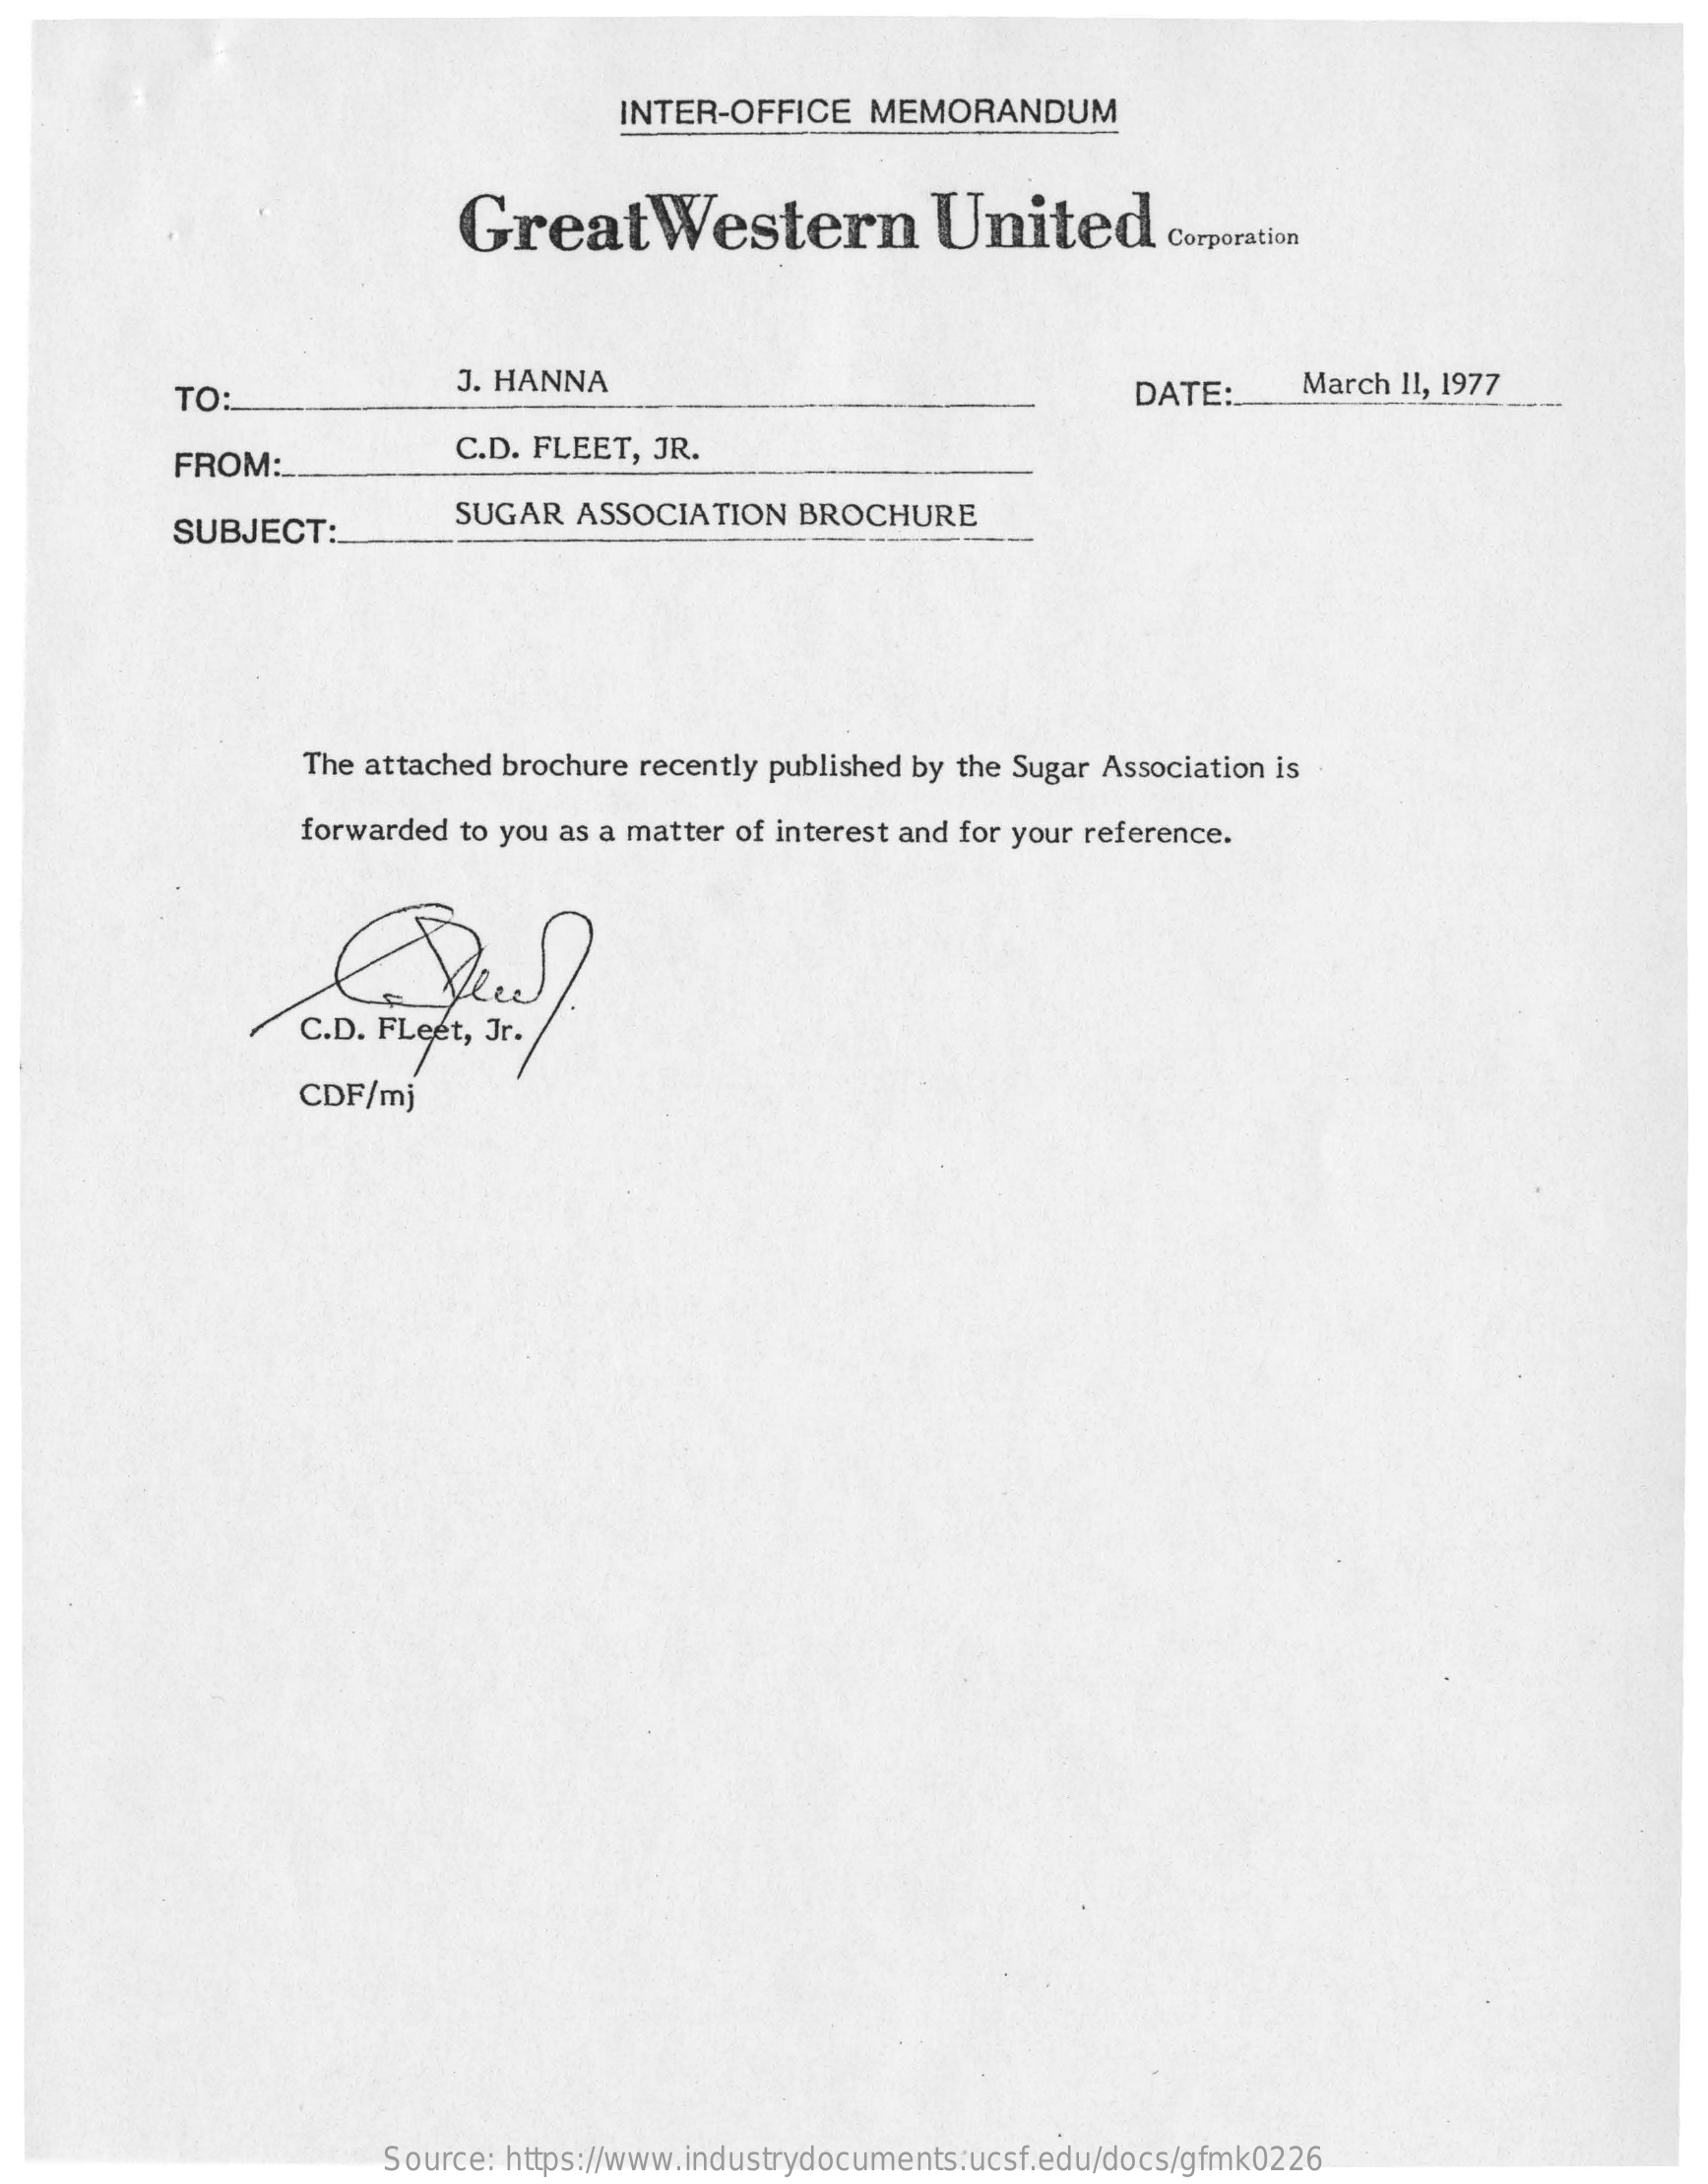
INTER-OFFICE    MEMORANDUM
     GreatWestern    United    Corporation
     TO:
     J. HANNA    DATE:    March 11, 1977
     FROM:    C.D. FLEET, JR.
     SUBJECT:
     SUGAR  ASSOCIATION   BROCHURE
     The attached brochure recently published by the Sugar Association is
     forwarded to you as a matter of interest and for your reference.
     C.D. FLeet, Jr.
     CDF/mj
     Source: https://www.industrydocuments.ucsf.edu/docs/gfmk0226